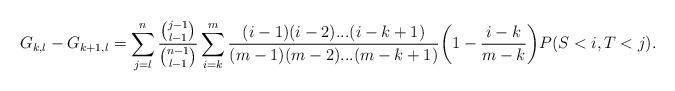
LaTeX: \begin{align*}G_{k,l}- G_{k+1,l}=\sum^{n}_{j=l} \frac{{{j-1}\choose l-1}} {{{n-1}\choose l-1}} \sum^{m}_{i=k} \frac{(i-1)(i-2)...(i-k+1)} {(m-1)(m-2)...(m-k+1)} {\bigg (}1-\frac{i-k} {m-k} {\bigg )} P(S< i, T<j).\end{align*}